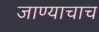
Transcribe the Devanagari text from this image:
जाण्याचाच